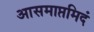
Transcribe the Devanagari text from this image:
आसमाप्तमिदं